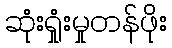
ဆုံးရှုံးမှုတန်ဖိုး